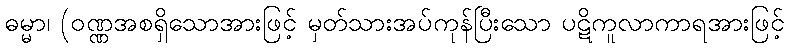
ဓမ္မာ၊ (ဝဏ္ဏအစရှိသောအားဖြင့် မှတ်သားအပ်ကုန်ပြီးသော ပဋိကူလာကာရအားဖြင့်